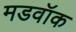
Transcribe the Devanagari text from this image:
मडवॉक